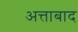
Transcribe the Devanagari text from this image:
अत्ताबाद